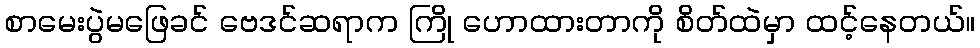
စာမေးပွဲမဖြေခင် ဗေဒင်ဆရာက ကြို ဟောထားတာကို စိတ်ထဲမှာ ထင့်နေတယ်။